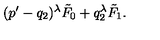
( p ^ { \prime } - q _ { 2 } ) ^ { \lambda } \tilde { F } _ { 0 } + q _ { 2 } ^ { \lambda } \tilde { F } _ { 1 } .